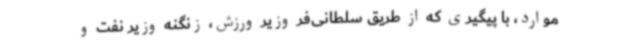
موارد، با پیگیری که از طریق سلطانی‌فر وزیر ورزش، زنگنه وزیر نفت و